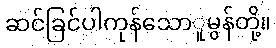
ဆင်ခြင်ပါကုန်သောူမွန်တို့။